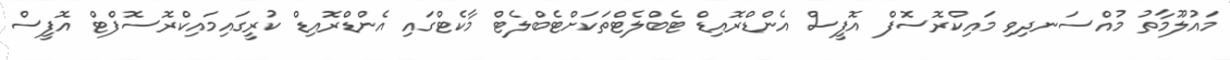
މައުލޫމާތު މުއްސަނދިވި މައިކްރޮސޮފް އޮފީސް އެންޑްރޮއިޑް ޓެބްލެޓްތަކަށްޓެބްލެޓް މާކެޓްގައި އެންޑްރޮއިޑް ކުރީގައިމައިކްރޮސޮފްޓް އޮފީސް